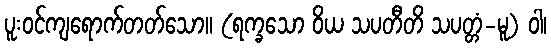
ပူးဝင်ကျရောက်တတ်သော။ (ရက္ခသော ဝိယ သပတီတိ သပတ္တံ-မူ) ဝါ၊